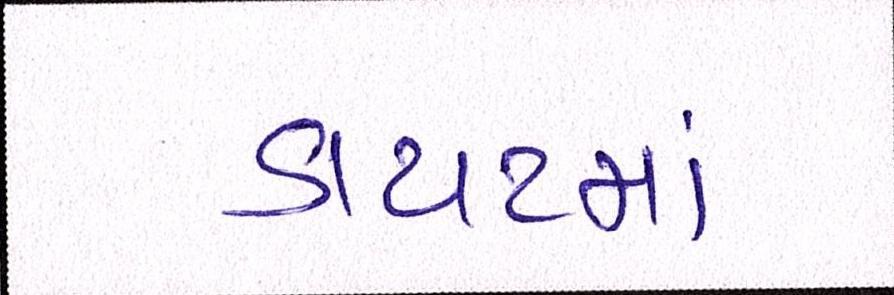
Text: ડાયટમાં